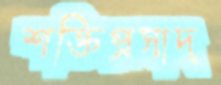
শক্তিপ্রসাদ